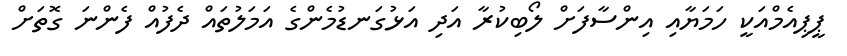
ޕީޕިއެމްއަކީ ހަމަޔާއި އިންސާފަށް ލޯބިކުރާ އަދި އަޅުގަނޑުމެންގެ އަމަލުތައް ދެފުއް ފެންނަ ގޮތަށް